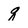
Character: q